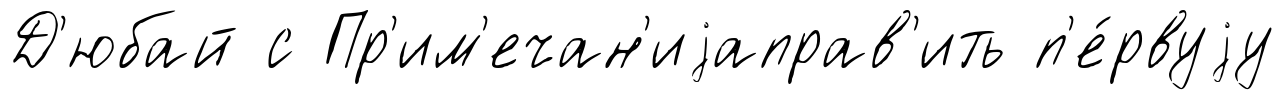
Д'юбай с Пр'им'ечан'иjаправ'ить п'е́рвуjу